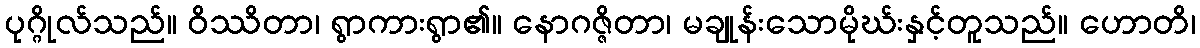
ပုဂ္ဂိုလ်သည်။ ဝိဿိတာ၊ ရွာကားရွာ၏။ နောဂဇ္ဇိတာ၊ မချုန်းသောမိုဃ်းနှင့်တူသည်။ ဟောတိ၊